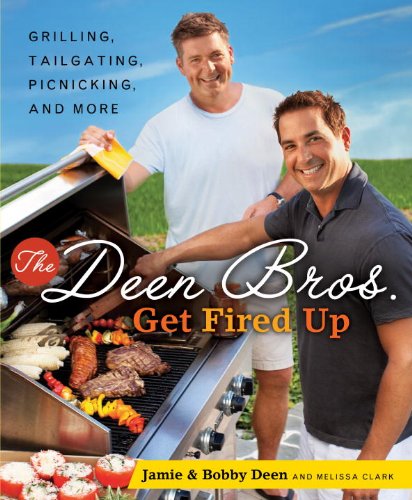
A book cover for The Deen Bros. Get Fired Up: Grilling, Tailgating, Picnicking, and More; Jamie Deen; Cookbooks, Food & Wine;